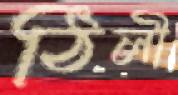
ঠিলী